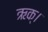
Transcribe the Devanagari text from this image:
ऋक्।